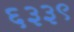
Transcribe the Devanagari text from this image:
६३३९